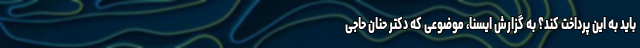
باید به این پرداخت کند؟ به گزارش ایسنا، موضوعی که دکتر حنان حاجی